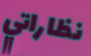
نظاراتي